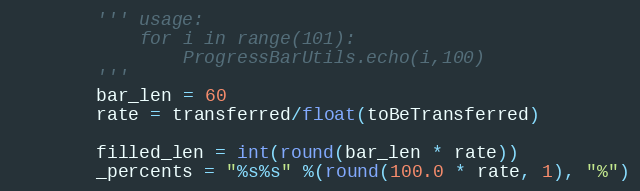
Language: Python
        ''' usage:
            for i in range(101):
                ProgressBarUtils.echo(i,100)
        '''
        bar_len = 60
        rate = transferred/float(toBeTransferred)

        filled_len = int(round(bar_len * rate))
        _percents = "%s%s" %(round(100.0 * rate, 1), "%")